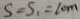
S = S _ { 1 } = 1 0 m